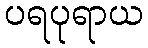
ပရပုရာယ